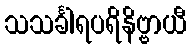
သသင်္ခါရပရိနိဗ္ဗာယီ